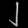
Digit: ၂